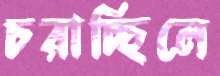
চরাচ্ছিলে